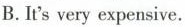
B. It's very expensive.